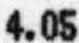
4.05